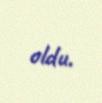
oldu.